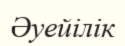
Әуейілік